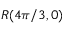
R ( 4 \pi / 3 , 0 )